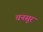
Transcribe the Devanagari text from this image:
चनसुर